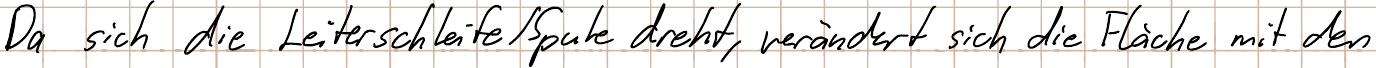
Da sich die Leiterschleife / Spule dreht, verändert sich die Fläche mit den